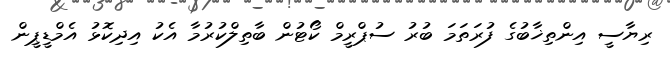
ރިޔާސީ އިންތިޚާބުގެ ފުރަތަމަ ބުރު ސުޕްރީމް ކޯޓުން ބާތިލްކުރުމާ އެކު އިދިކޮޅު އެމްޑީޕީން